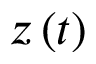
z \left( t \right)